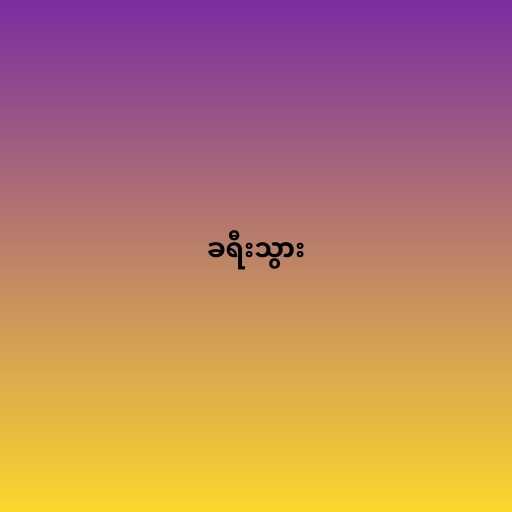
ခရီးသွား